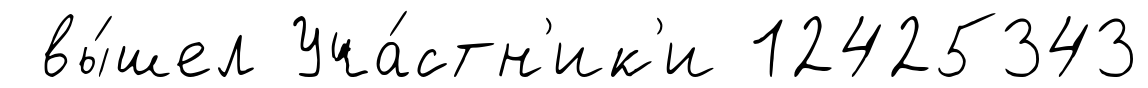
вы́шел Уча́стн'ик'и 12425343